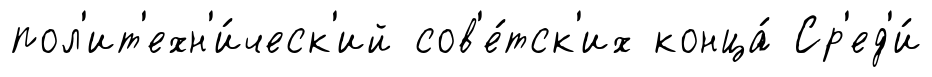
пол'ит'ехн'и́ческ'ий сов'е́тск'их конца́ Ср'ед'и́